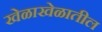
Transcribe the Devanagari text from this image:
खेळाखेळातील